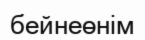
бейнеөнім